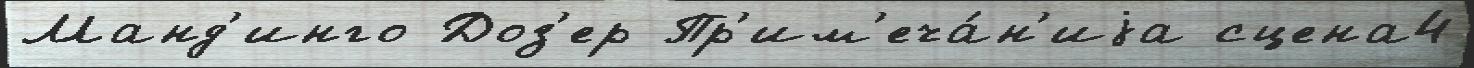
Манд'инго Доз'ер Пр'им'еча́н'иjа сцена4